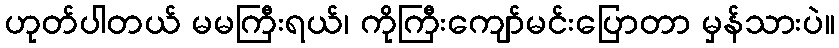
ဟုတ်ပါတယ် မမကြီးရယ်၊ ကိုကြီးကျော်မင်းပြောတာ မှန်သားပဲ။